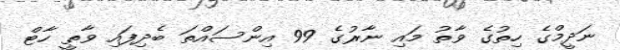
ނަދީމްގެ ހިތުގެ ވާތު މައި ނާރުގެ 99 އިންސައްތަ ބެދިފައި ވާތީ ހާޓް